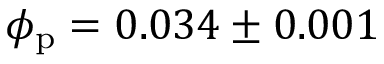
\phi _ { \mathrm { p } } = 0 . 0 3 4 \pm 0 . 0 0 1